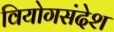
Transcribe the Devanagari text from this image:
वियोगसंदेश